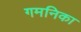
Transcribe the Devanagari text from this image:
गमनिका